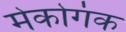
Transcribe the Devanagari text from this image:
मेकोगंक